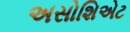
અસોશિએટ